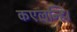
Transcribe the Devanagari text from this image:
कएलन्हि।